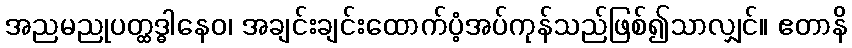
အညမညုပတ္ထဒ္ဓါနေဝ၊ အချင်းချင်းထောက်ပံ့အပ်ကုန်သည်ဖြစ်၍သာလျှင်။ ဧတာနိ